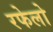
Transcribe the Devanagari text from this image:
रफेलो